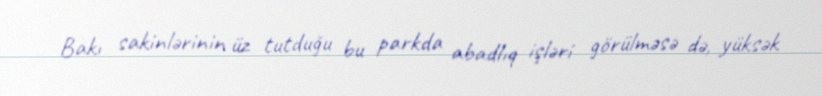
Bakı sakinlərinin üz tutduğu bu parkda abadlıq işləri görülməsə də, yüksək